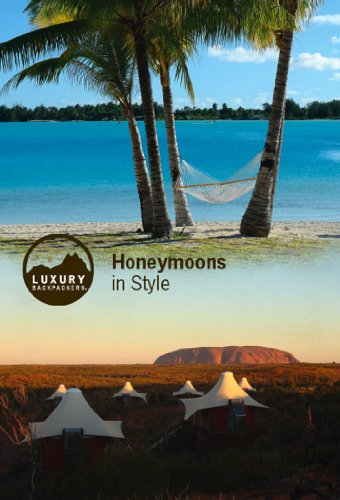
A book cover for Honeymoons in Style (Luxury Backpackers); Dr. Jill Nash; Crafts, Hobbies & Home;